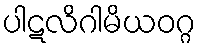
ပါဋလိဂါမိယဝဂ္ဂ